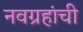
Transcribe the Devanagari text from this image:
नवग्रहांची